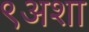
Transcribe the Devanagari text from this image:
९अशा